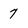
Character: 7